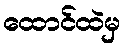
ထောင်ထဲမှ